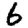
Digit: 6